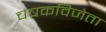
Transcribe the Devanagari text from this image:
चषकविजेता